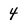
Character: 4